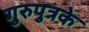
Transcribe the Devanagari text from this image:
गुरुपुत्रके